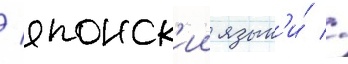
/ японск'ии язык'и́ //